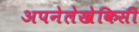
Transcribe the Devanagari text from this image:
अपनेलेखेकिसी